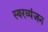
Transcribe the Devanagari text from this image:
स्वरव्यंजन